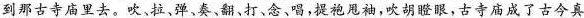
到那古寺庙里去。吹、拉、弹、奏、翻、打、念、唱,提袍甩袖,吹胡瞪眼,古寺庙成了古今真